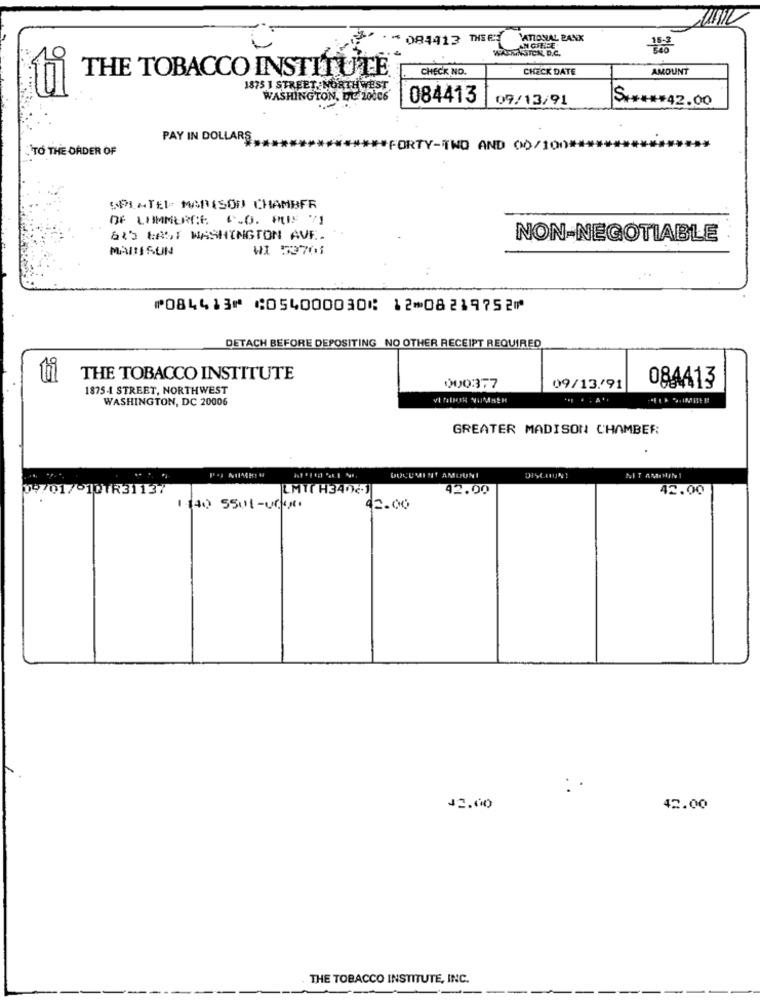
* 084413 THERY
ATIONAL BANK
WANSTCN, D.C.
AN CAFFE'
9
THE TOBACCO INSTITUTE
CHECK NO.
CHECK DATE
AMOUNT
1875 1 STREET, NORTHWEST.
WASHINGTON, DC 20006
084413
09/13/91
$ ***** 42.00
PAY IN DOLLARS
TO THE ORDER OF
*FORTY-TWO AND 00/100 ***
SPLATEL MADISON CHAMBER
DE COMMERCE C.O. PUS 71
645 KAST WASHINGTON AVF.
NON-NEGOTIABLE
MAISSUN
WI 53701
⑈084413⑈ ⑆054000030⑆ 12⑉08219752⑈
DETACH BEFORE DEPOSITING NO OTHER RECEIPT REQUIRED
ti
THE TOBACCO INSTITUTE
1875-4 STREET, NORTHWEST
000377
09/13/91
08AA13
WASHINGTON, DC 20006
GREATER MADISON CHAMBER
DOCUMENT AMDUNI
DISCOUNT
MIT AMIHIN
09/01/10TR31137
LMTI H3402
42.00
42.00
1140 5501-0000
42.00
:
12.00
42.00
THE TOBACCO INSTITUTE, INC.